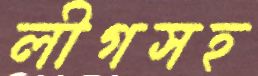
লীগসহ